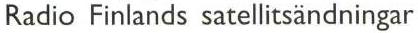
Radio Finlands satellitsändningar